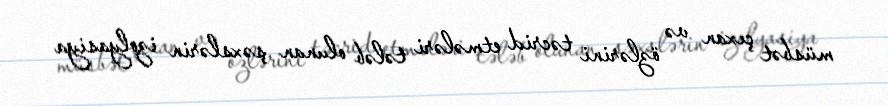
müsbət çıxan və özlərini təcrid etmələri tələb olunan şəxslərin izolyasiya